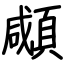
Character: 顑